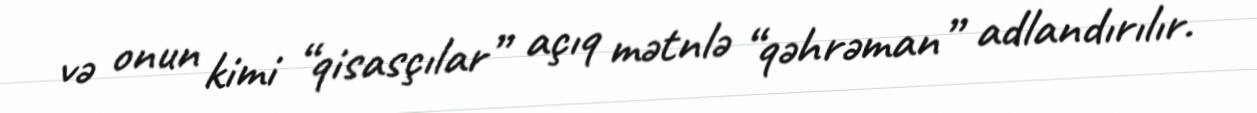
və onun kimi “qisasçılar” açıq mətnlə “qəhrəman” adlandırılır.